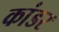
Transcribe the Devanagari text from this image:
कांडर